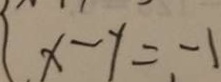
x - y = - 1